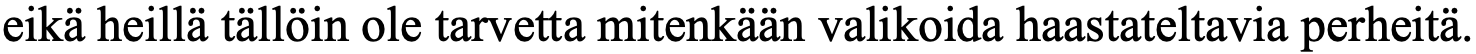
eikä heillä tällöin ole tarvetta mitenkään valikoida haastateltavia perheitä.